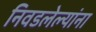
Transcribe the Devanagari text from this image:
निवडलेल्यांना